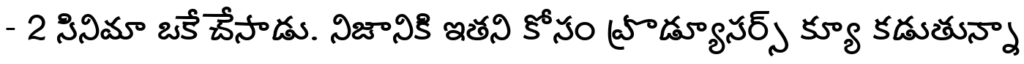
- 2 సినిమా ఒకే చేసాడు. నిజానికి ఇతని కోసం ప్రొడ్యూసర్స్ క్యూ కడుతున్నా